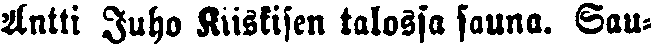
Antti Juho Kiiskisen talossa sauna. Sau-